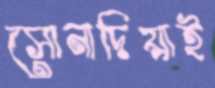
সোনাদিয়াই